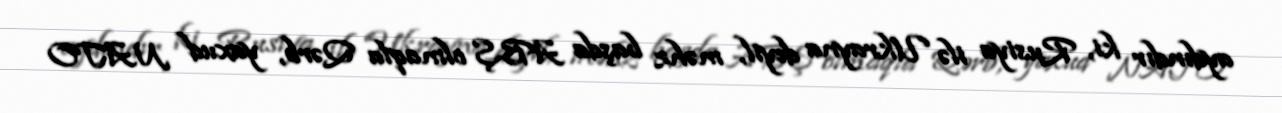
aydındır ki, Rusiya ilə Ukrayna deyil, məhz başda ABŞ olmaqla Qərb, yaxud NATO